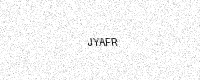
Text: JYAFR